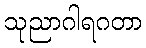
သုညာဂါရဂတာ